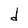
Character: d